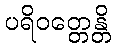
ပရိဝတ္တေန္တိ